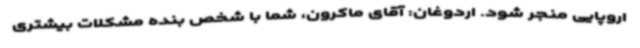
اروپایی منجر شود. اردوغان: آقای ماکرون، شما با شخص بنده مشکلات بیشتری